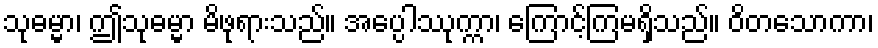
သုဓမ္မာ၊ ဤသုဓမ္မာ မိဖုရားသည်။ အပ္ပေါဿုက္ကာ၊ ကြောင့်ကြမရှိသည်။ ဝိတသောကာ၊